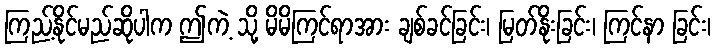
ကြည့်နိုင်မည်ဆိုပါက ဤကဲ့ သို့ မိမိကြင်ရာအား ချစ်ခင်ခြင်း၊ မြတ်နိုးခြင်း၊ ကြင်နာ ခြင်း၊